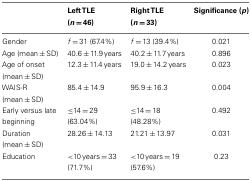
|  | Left TLE (n = 46) | Right TLE (n = 33) | Significance (p) |
 | --- | --- | --- | --- |
 | Gender | f= 31 (67.4%) | f= 13 (39.4%) | 0.021 |
 | Age (mean ± SD) | 40.6 ± 11.9 years | 40.2 ± 11.7 years | 0.896 |
 | Age of onset (mean ± SD) | 12.3 ± 11.4 years | 19.0 ± 14.2 years | 0.023 |
 | WAIS-R (mean ± SD) | 85.4 ± 14.9 | 95.9 ± 16.3 | 0.004 |
 | Early versus late beginning | ≤14 = 29 (63.04%) | ≤14 = 18 (48.28%) | 0.492 |
 | Duration (mean ± SD) | 28.26 ± 14.13 | 21.21 ± 13.97 | 0.031 |
 | Education | <10 years = 33 (71.7%) | <10 years = 19 (57.6%) | 0.23 |